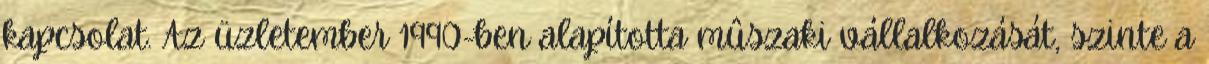
kapcsolat. Az üzletember 1990-ben alapította mûszaki vállalkozását, szinte a